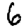
Digit: 6